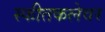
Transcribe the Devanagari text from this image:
स्फीतकलेवर